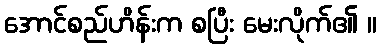
အောင်စည်ဟိန်းက စပြီး မေးလိုက်၏ ။